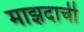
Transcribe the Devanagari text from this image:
माझदाची